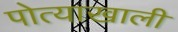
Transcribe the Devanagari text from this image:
पोत्याखाली